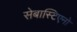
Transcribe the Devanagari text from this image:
सेबास्टिएनो